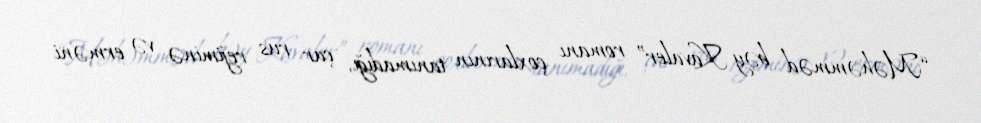
“Məhəmməd bəy Kavaler” romanı çoxlarının tanımadığı, çar rus rejiminə və erməni